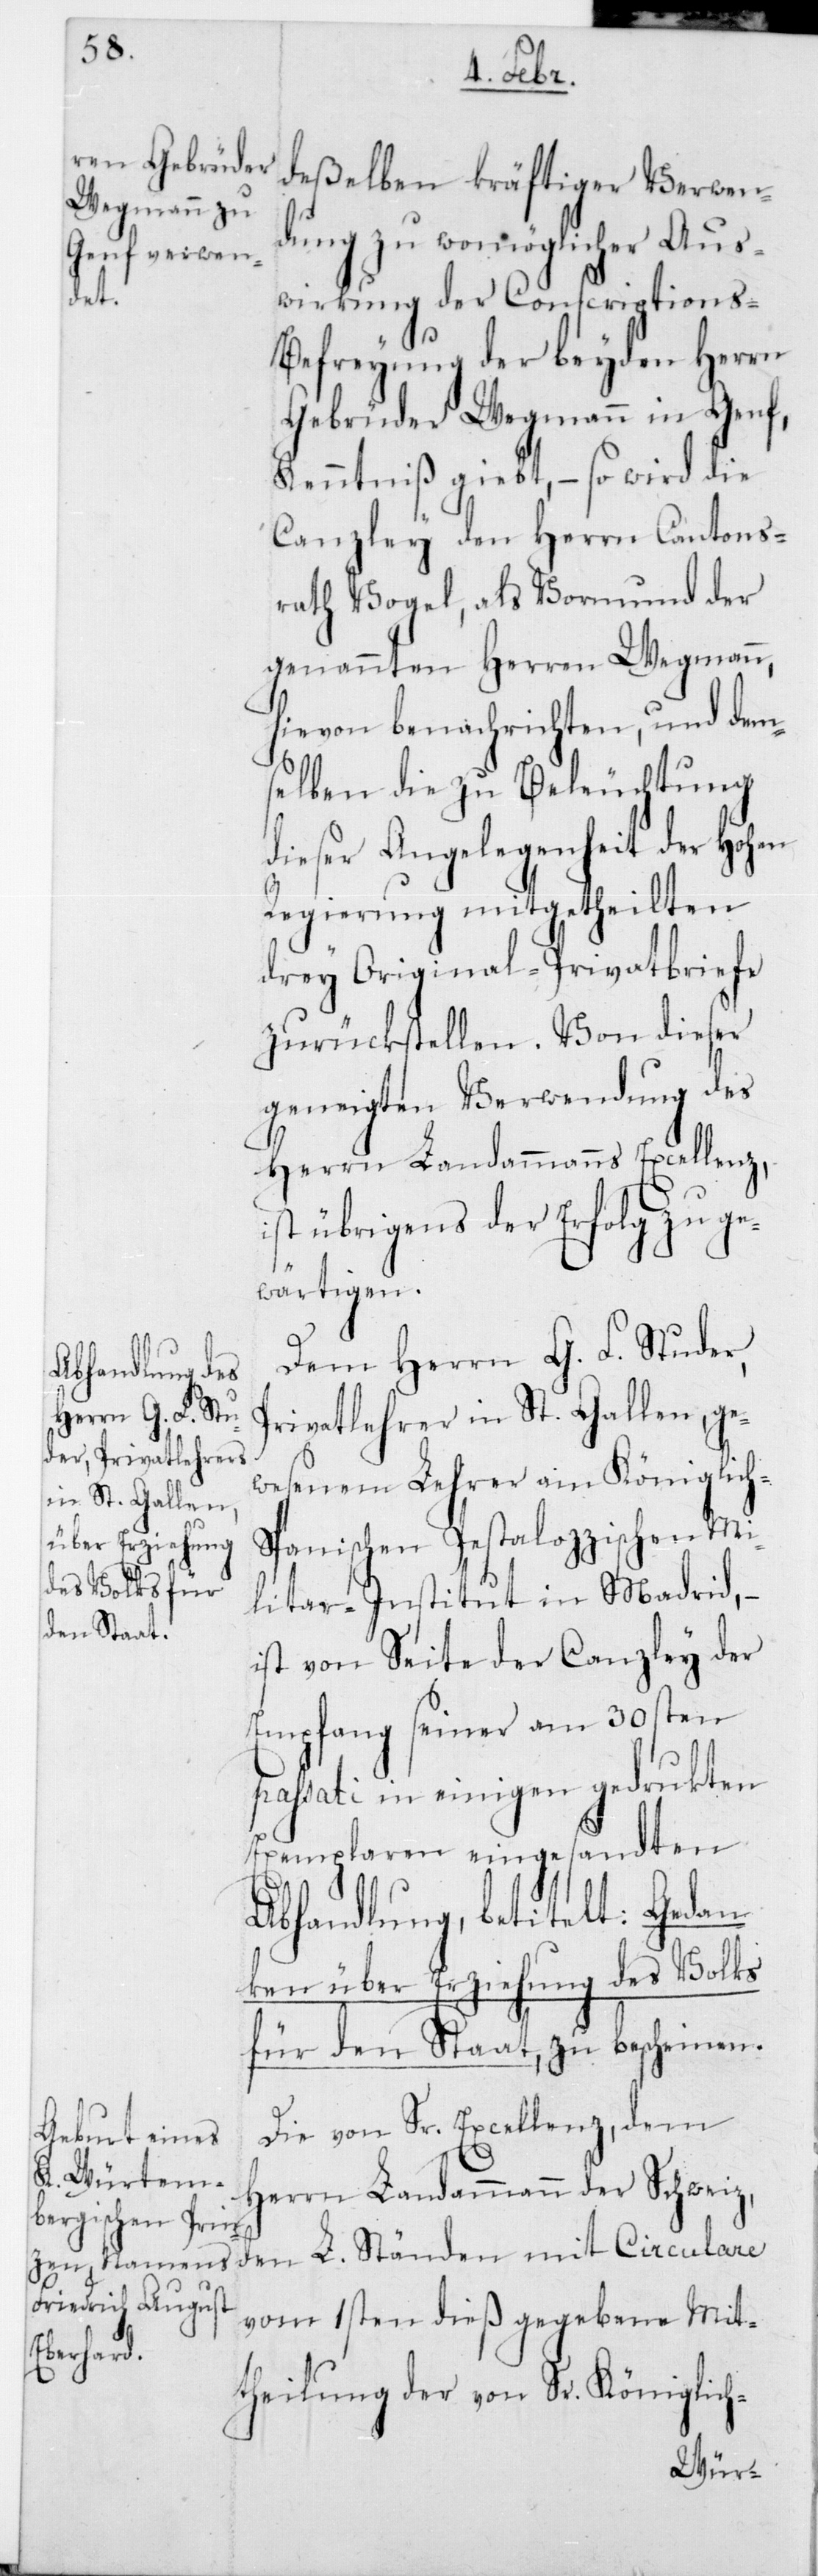
deßelben kräftiger Verwen¬
dung zu womöglicher Aus¬
wirkung der Conscriptions-B¬
efreyung der beyden Herrn
Gebrüder Wegmann in Genf,
Kenntniß gibt, – so wird die
Canzley den Herrn Cantons¬
rath Vogel, als Vormund der
genannten Herren Wegmann,
hievon benachrichten, und dem¬
selben die zu Beleuchtung
dieser Angelegenheit der Hohen
Regierung mitgetheilten
drey Original-Privatbriefe
zurückstellen. Von dieser
geneigten Verwendung des
Herrn Landammanns Excellenz,
ist übrigens der Erfolg zu ge¬
wärtigen.
Dem Herrn G. F. Studer,
Privatlehrer in St. Gallen, ge¬
wesenem Lehrer am Königlic¬
h-Spanischen Pestalozzischen Mi¬
litar-Institut in Madrid, –
ist von Seite der Canzley der
Empfang seiner am 30sten
passati in einigen gedruckten
Exemplaren eingesandten
Abhandlung, betitelt: Gedan¬
ken über Erziehung des Volks
für den Staat, zu bescheinen.
Die von Sr. Excellenz, dem
Herrn Landammann der Schweiz,
den L. Ständen mit Circulare
vom 1sten dieß gegebene Mit¬
theilung der von Sr. Königlich-